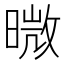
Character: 𭧊